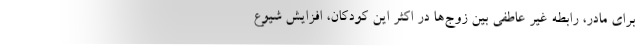
برای مادر، رابطه غیر عاطفی بین زوج‌ها در اکثر این کودکان، افزایش شیوع